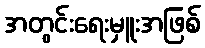
အတွင်းရေးမှူးအဖြစ်